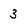
Character: 3